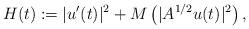
LaTeX: \begin{align*}H(t):=|u'(t)|^{2}+M\left(|A^{1/2}u(t)|^{2}\right),\end{align*}